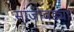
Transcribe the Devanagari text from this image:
सांजावड्या